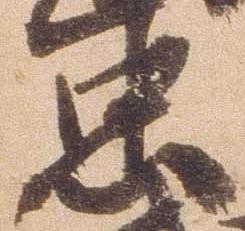
忠